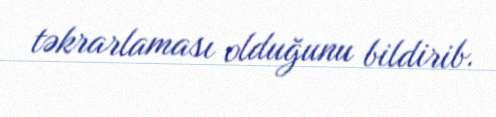
təkrarlaması olduğunu bildirib.